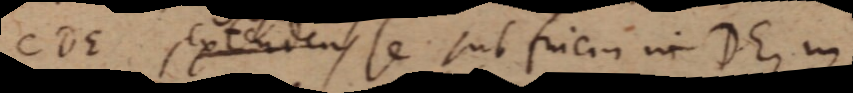
CDE extendens se sub finem in DE, in